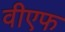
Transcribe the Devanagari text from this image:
वीएफ